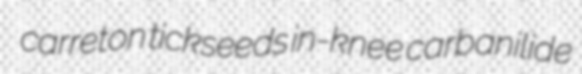
carreton tickseeds in-knee carbanilide